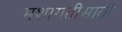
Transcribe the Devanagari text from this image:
मशागतीसाठी